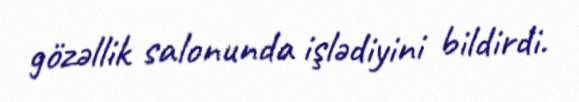
gözəllik salonunda işlədiyini bildirdi.